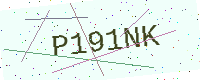
Text: P191NK